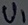
Text: V1